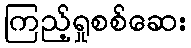
ကြည့်ရှုစစ်ဆေး